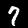
Digit: 7